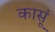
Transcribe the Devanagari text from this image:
कासूं